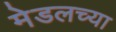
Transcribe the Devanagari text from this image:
मेडलच्या